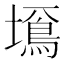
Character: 𡒚